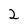
Character: 2